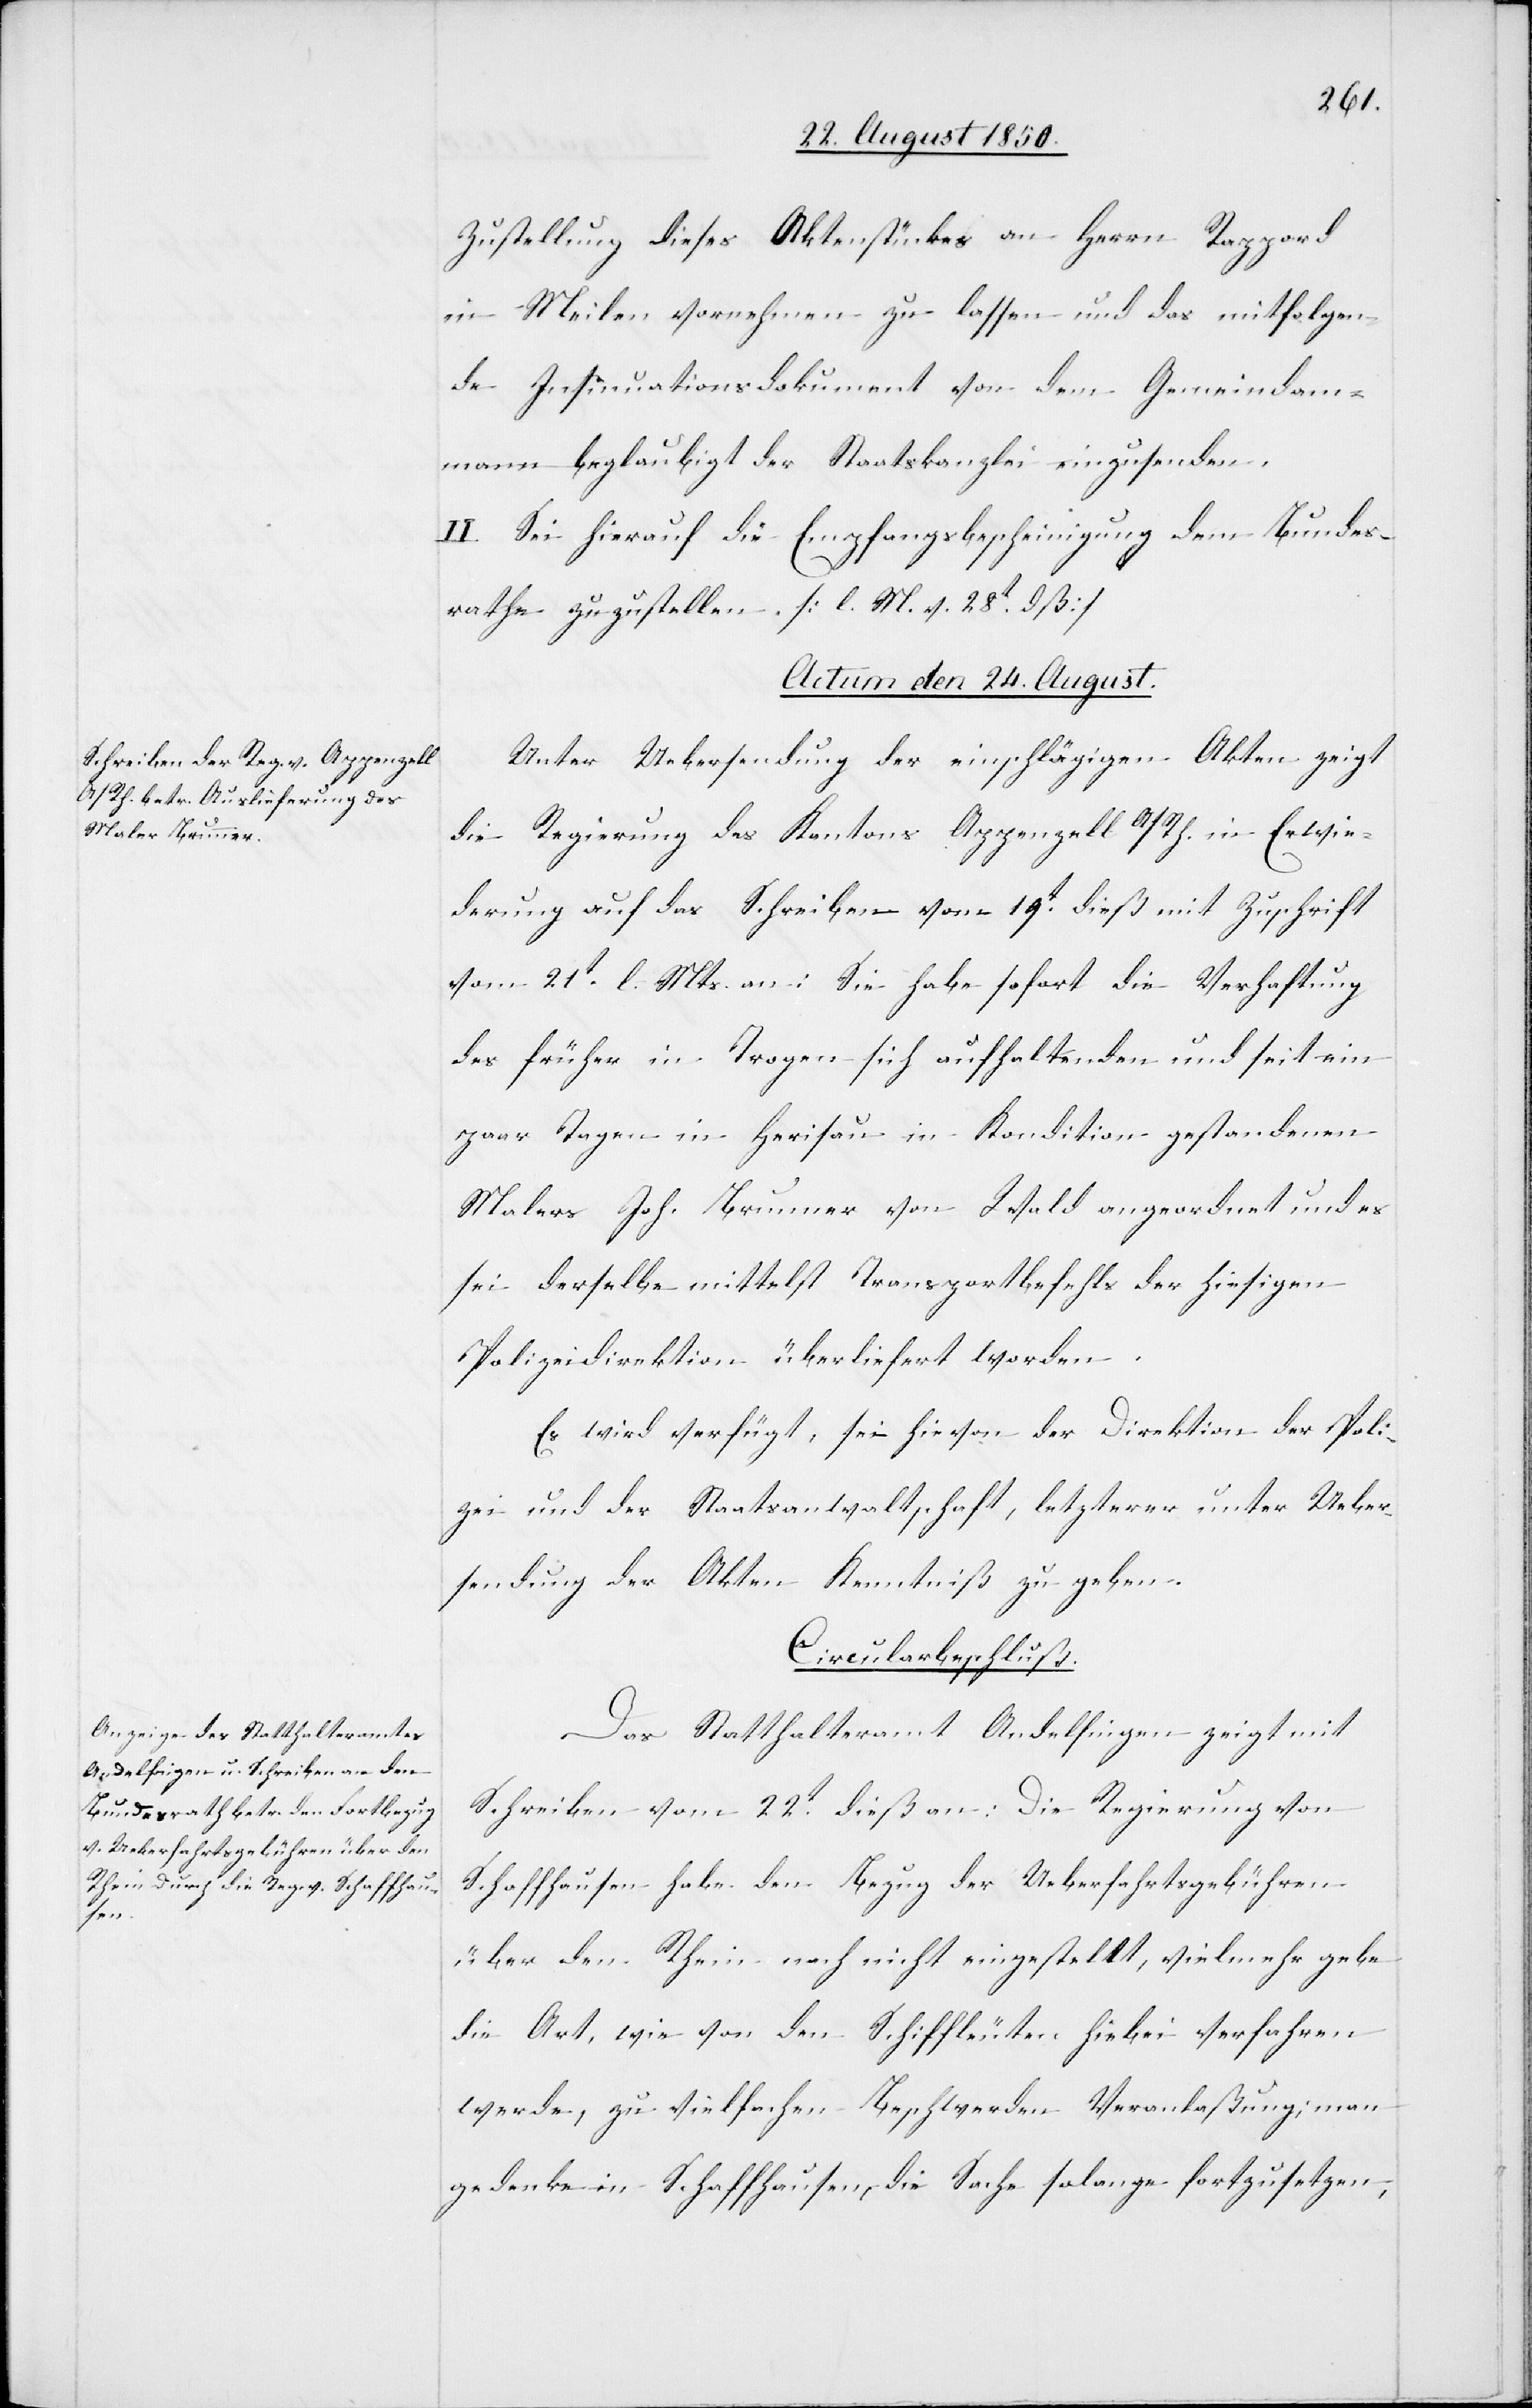
Zustellung dieses Aktenstückes an Herrn Rappard
in Meilen vornehmen zu lassen und das mitfolgen¬
de Insinuationsdokument von dem Gemeindam¬
mann beglaubigt der Staatskanzlei einzusenden.
II. Sei hierauf die Emfpangsbescheinigung dem Bundes¬
rathe zuzustellen. [l. M. v. 28t dß]
[Actum den 24. August.]
Unter Uebersendung der einschlägigen Akten zeigt
die Regierung des Kantons Appenzell A/Rh. in Erwie¬
derung auf das Schreiben vom 19t dieß mit Zuschrift
vom 21t l. Mts. an: Sie habe sofort die Verhaftung
des früher in Trogen sich aufhaltenden und seit ein
paar Tagen in Herisau in Kondition gestandenen
Malers Joh. Brunner von Wald angeordnet und es
sei derselbe mittelst Transportbefehls der hiesigen
Polizeidirektion überliefert worden.
Es wird verfügt, sei hievon der Direktion der Poli¬
zei und der Staatsanwaltschaft, letzterer unter Ueber¬
sendung der Akten Kenntniß zu geben.
Circularbeschluß.
Das Statthalteramt Andelfingen zeigt mit
Schreiben vom 22t dieß an: Die Regierung von
Schaffhausen habe den Bezug der Ueberfahrtsgebühren
über den Rhein noch nicht eingestellt, vielmehr gebe
die Art, wie von den Schiffleuten hiebei verfahren
werde, zu vielfachen Beschwerden Veranlaßung; man
gedenke in Schaffhausen, die Sache solange fortzusetzen,